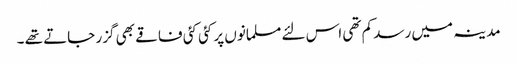
مدینہ میں رسد کم تھی اس لئے مسلمانوں پر کئی کئی فاقے بھی گزر جاتے تھے ۔